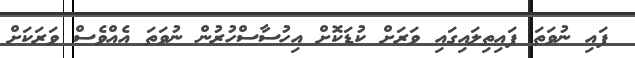
ފައި ނުވަތަ ފައިތިލައިގައި ވަރަށް ކުޑަކޮށް އިހުސާސްހުރުން ނުވަތަ އެއްވެސް ވަރަކަށް